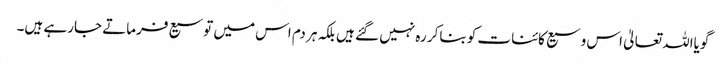
گویااللہ تعالیٰ اس وسیع کائنات کو بناکر رہ نہیں گئے ہیں بلکہ ہر دم اس میں توسیع فرماتے جارہے ہیں۔